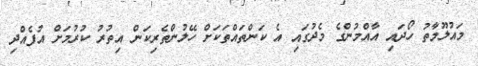
މައުލޫމާތު ހޯދައި އާއްމުންގެ މެދުގައި އެ ކަންތައްތަކަށް ހޭލުންތެރިކަން އިތުރު ކުރުމަށް އުފެއްދި